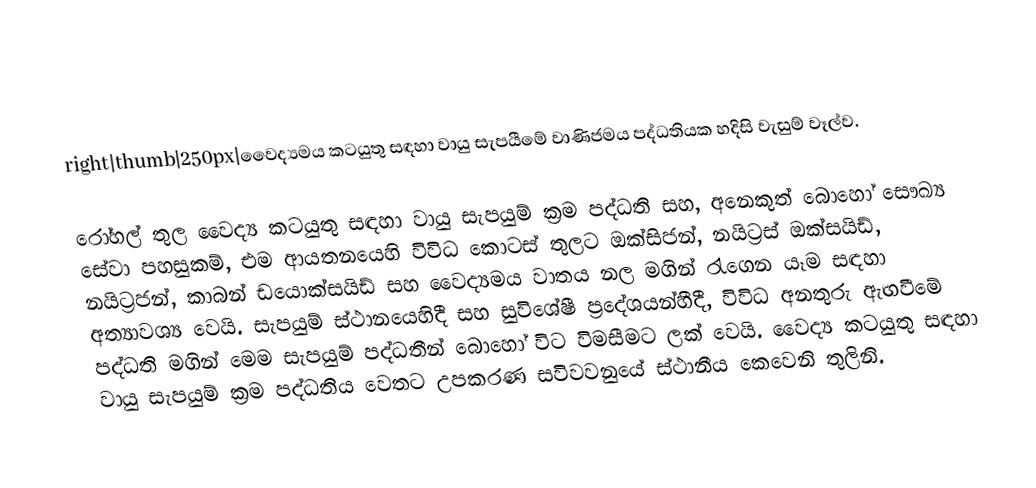
right|thumb|250px|වෛද්‍යමය කටයුතු සඳහා වායු සැපයීමේ වාණිජමය පද්ධතියක හදිසි වැසුම් වෑල්ව.

රෝහල් තුල වෛද්‍ය කටයුතු සඳහා වායු සැපයුම් ක්‍රම පද්ධති සහ, අනෙකුත් බොහෝ සෞඛ්‍ය සේවා පහසුකම්, එම ආයතනයෙහි විවිධ කොටස් තුලට ඔක්සිජන්, නයිට්‍රස් ඔක්සයිඩ්, නයිට්‍රජන්, කාබන් ඩයොක්සයිඩ් සහ වෛද්‍යමය වාතය නල මගින් රැගෙන යෑම සඳහා අත්‍යාවශ්‍ය වෙයි.  සැපයුම් ස්ථානයෙහිදී සහ සුවිශේෂී ප්‍රදේශයන්හීදී,  විවිධ අනතුරු ඇඟවීමේ පද්ධති මගින් මෙම සැපයුම් පද්ධතීන් බොහෝ විට විමසීමට ලක් වෙයි.  වෛද්‍ය කටයුතු සඳහා වායු සැපයුම් ක්‍රම පද්ධතිය වෙතට උපකරණ සවිවවනුයේ ස්ථානීය කෙවෙනි තුලිනි.